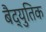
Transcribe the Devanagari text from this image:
बैद्युतिक